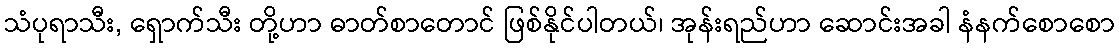
သံပုရာသီး, ရှောက်သီး တို့ဟာ ဓာတ်စာတောင် ဖြစ်နိုင်ပါတယ်၊ အုန်းရည်ဟာ ဆောင်းအခါ နံနက်စောစော